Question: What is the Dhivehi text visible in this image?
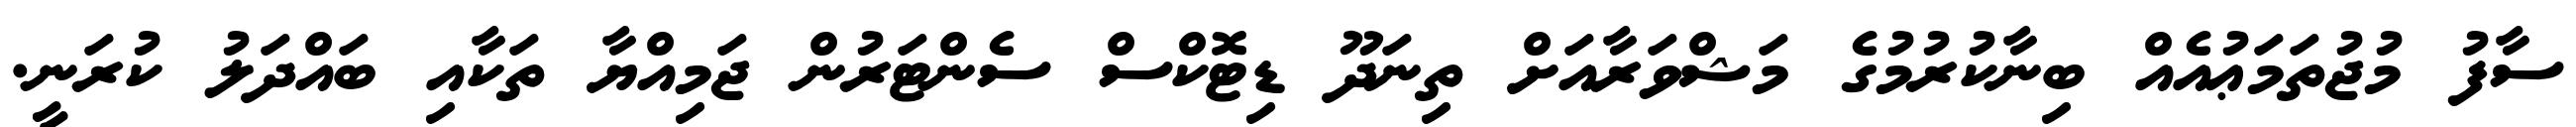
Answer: ސާފު މުޖުތަމަޢުއެއް ބިނާކުރުމުގެ މަޝްވަރާއަށް ތިނަދޫ ޑިޓޮކްސް ސެންޓަރުން ޖަމިއްޔާ ތަކާއި ބައްދަލު ކުރަނީ.